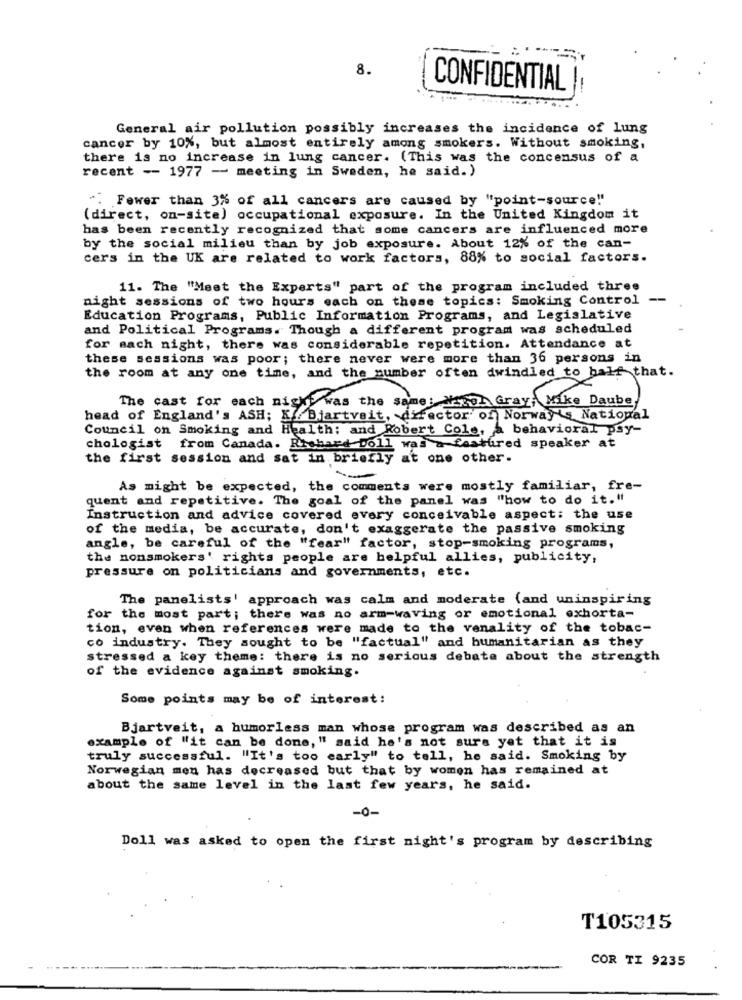
8.
CONFIDENTIAL
-
..... ..
General air pollution possibly increases the incidence of lung
cancer by 10%, but almost entirely among smokers. Without smoking,
there is no increase in lung cancer. (This was the concensus of a
recent -- 1977 - meeting in Sweden, he said. )
". Fewer than 3% of all cancers are caused by "point-source"
(direct, on-site) occupational exposure. In the United Kingdom it
has been recently recognized that some cancers are influenced more
by the social milieu than by job exposure. About 12% of the can-
cers in the UK are related to work factors, 88% to social factors.
11. The "Meet the Experts" part of the program included three
night sessions of two hours each on these topics: Smoking Control --
Education Programs, Public Information Programs, and Legislative
and Political Programs. Though a different program was scheduled
for each night, there was considerable repetition. Attendance at
these sessions was poor; there never were more than 36 persons in
the room at any one time, and the number often dwindled to half that.
The cast for each night was the same: Natal Gray; Mike Daube
head of England's ASH; K.Bjartveit, director of Norway 's National
Council on Smoking and Health: and Robert Cole, a behavioral psy-
chologist from Canada. Richard Doll was a fastured speaker at
the first session and sat in briefly at one other.
As might be expected, the comments were mostly familiar, fre-
quent and repetitive. The goal of the panel was "how to do it."
Instruction and advice covered every conceivable aspect: the use
of the media, be accurate, don't exaggerate the passive smoking
angle, be careful of the "fear" factor, stop-smoking programs,
the nonsmokers' rights people are helpful allies, publicity,
pressure on politicians and governments, etc.
The panelists' approach was calm and moderate (and uninspiring
for the most part; there was no arm-waving or emotional exhorta-
tion, even when references were made to the venality of the tobac-
co industry. They sought to be "factual" and humanitarian as they
stressed a key theme: there is no serious debate about the strength
of the evidence against smoking.
Some points may be of interest:
Bjartveit, a humorless man whose program was described as an
example of "it can be done, " said he's not sure yet that it is
truly successful. "It's too early" to tell, he said. Smoking by
Norwegian men has decreased but that by women has remained at
about the same level in the last few years, he said.
-0-
Doll was asked to open the first night's program by describing
T105315
COR TI 9235